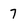
Character: 7